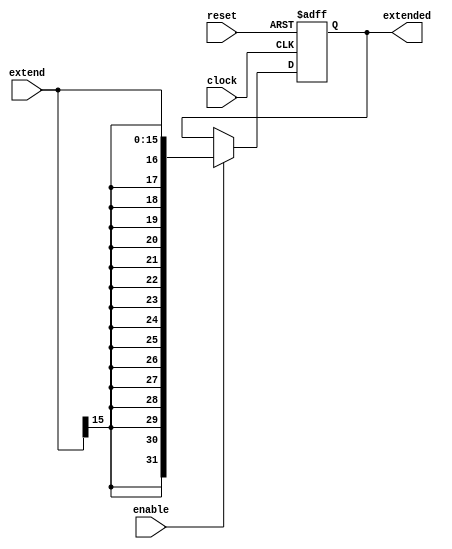
module signExtend (
    input clock, reset, enable,
    input [15:0]extend, //what is going to extend
    output reg [31:0]extended //extended result
    );
    
always @(posedge clock, posedge reset) 
    begin
        if(reset)
            extended <= 32'b0;
        else
            if(enable)
				//Extend it to 32 bits taking sign in account
                extended <= {{16{extend[15]}},extend[15:0]};              
            else
                extended <= extended;
    end

endmodule